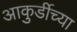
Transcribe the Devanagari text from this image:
आकुर्डीच्या